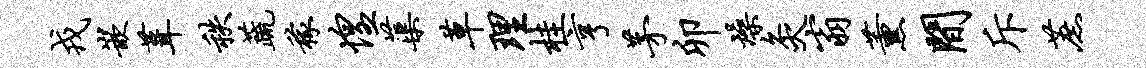
戎嵌葺秩蔬稼惶蕖草理桂亨茅卯燥灸翁薰间斥蔗